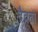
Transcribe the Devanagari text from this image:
दैवता